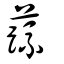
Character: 蔬